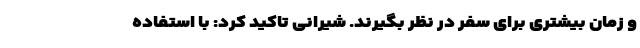
و زمان بیشتری برای سفر در نظر بگیرند. شیرانی تاکید کرد: با استفاده